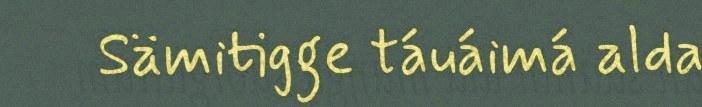
Sämitigge táuáimá alda